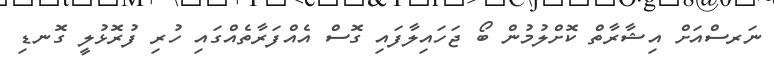
ނަރސްއަށް އިޝާރާތް ކޮށްލުމުން ބޯ ޖަހައިލާފައި ގޮސް އެއްފަރާތެއްގައި ހުރި ފުރޮޅުލީ ގޮނޑި